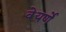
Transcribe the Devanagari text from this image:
वेयर्णे